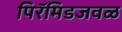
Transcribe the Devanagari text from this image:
पिरॅमिडजवळ